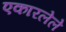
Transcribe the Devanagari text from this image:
एकारलेले